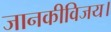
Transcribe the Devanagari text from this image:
जानकीविजय।